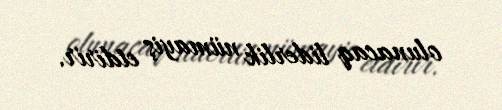
olunacaq liderlik nümayiş etdirir.